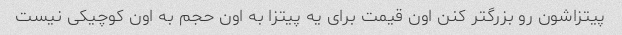
پیتزاشون رو بزرگتر کنن اون قیمت برای یه پیتزا به اون حجم به اون کوچیکی نیست